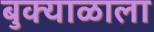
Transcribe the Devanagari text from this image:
बुक्याळाला